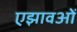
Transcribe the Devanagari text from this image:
एझावओं